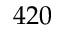
4 2 0